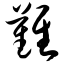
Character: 难